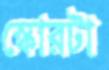
স্কোরটা